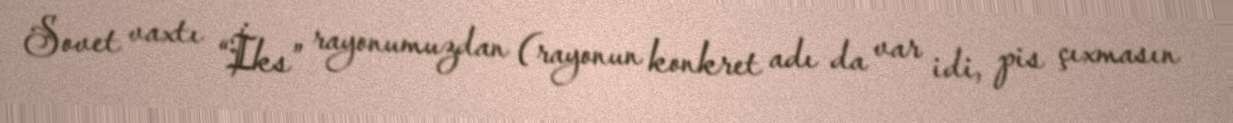
Sovet vaxtı “İks” rayonumuzdan (rayonun konkret adı da var idi, pis çıxmasın